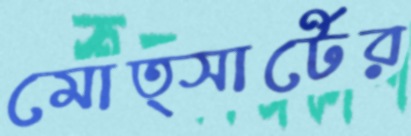
মোত্সার্টের